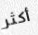
أكثر